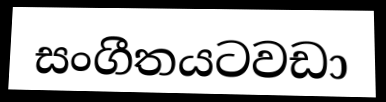
සංගීතයටවඩා